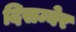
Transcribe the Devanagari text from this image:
दिसम्बेर